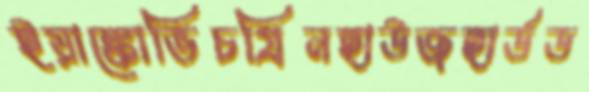
ইয়াঙ্কোভিচগ্রিনহাউজহার্ডড